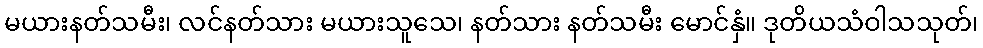
မယားနတ်သမီး၊ လင်နတ်သား မယားသူသေ၊ နတ်သား နတ်သမီး မောင်နှံ။ ဒုတိယသံဝါသသုတ်၊